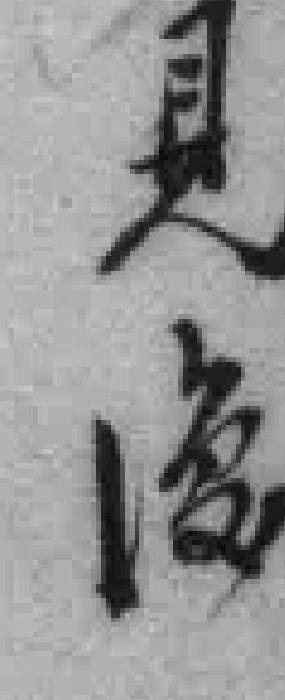
見復